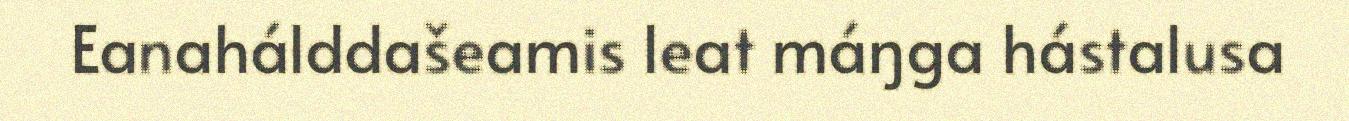
Eanahálddašeamis leat máŋga hástalusa